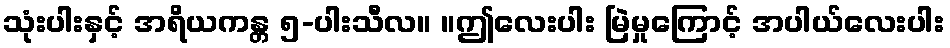
သုံးပါးနှင့် အရိယကန္တ ၅-ပါးသီလ။ ။ဤလေးပါး မြဲမှုကြောင့် အပါယ်လေးပါး